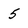
Character: 5